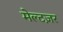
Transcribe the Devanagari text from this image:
मेल्टज़र